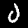
Digit: 0